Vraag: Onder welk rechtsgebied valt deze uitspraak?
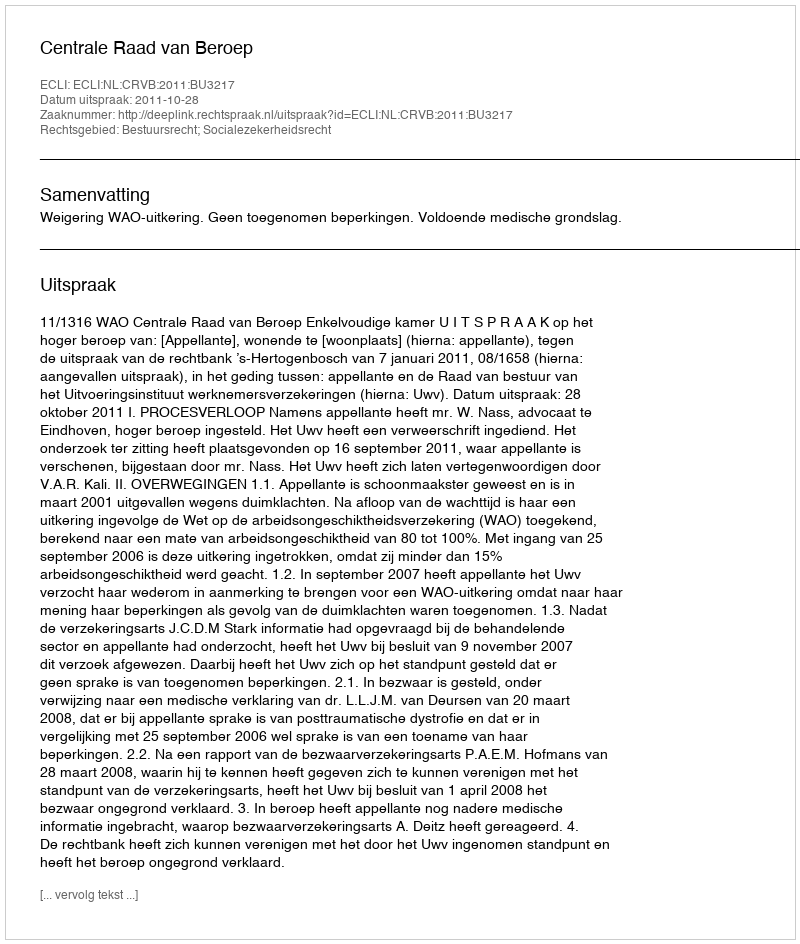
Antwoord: Bestuursrecht; Socialezekerheidsrecht